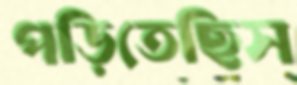
পড়িতেছিস